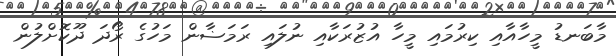
މާބަނޑު މީހާއާއި ކިރުމައި މީހާ އުޒުރަކާއި ނުލައި ރަމަޟާން މަހުގެ ރޯދަ ދޫކޮށްލުން